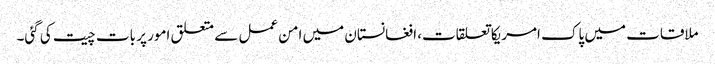
ملاقات میں پاک امریکا تعلقات، افغانستان میں امن عمل سے متعلق امور پر بات چیت کی گئی۔